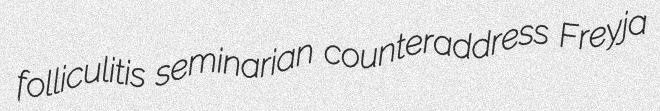
folliculitis seminarian counteraddress Freyja